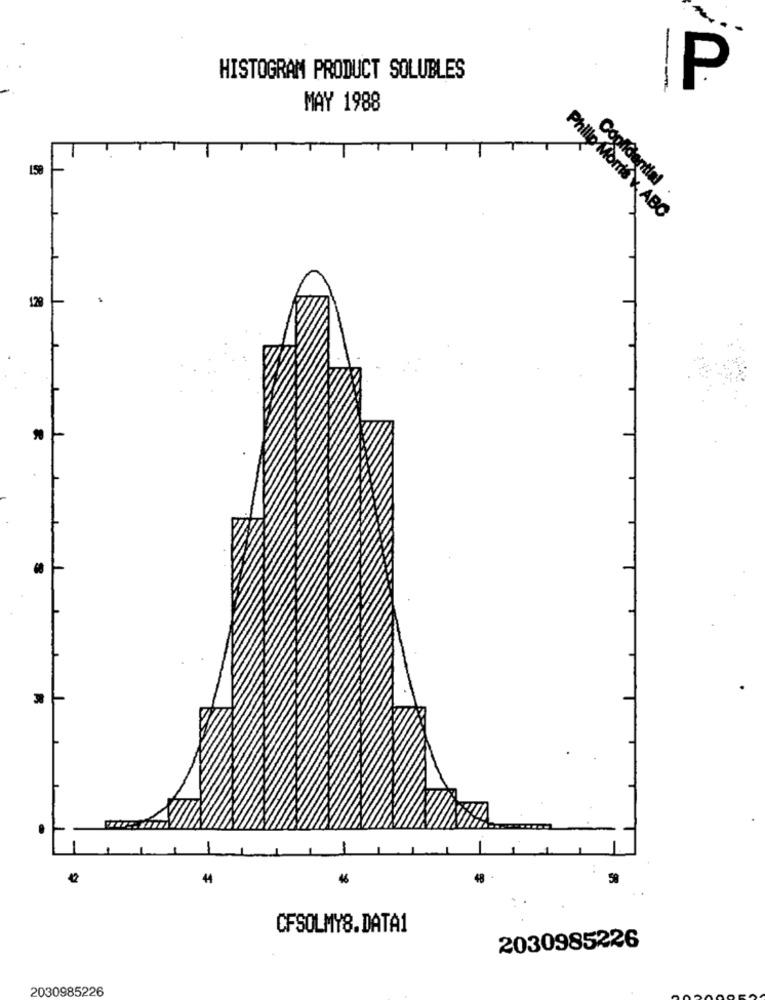
HISTOGRAM PRODUCT SOLUBLES
--
P
MAY 1988
1.58
Copfidential
Philip Morris k ABC
129
.
-
42
44
46
48
59
CFSOLMY8.DATA1
2030985226
2030985226